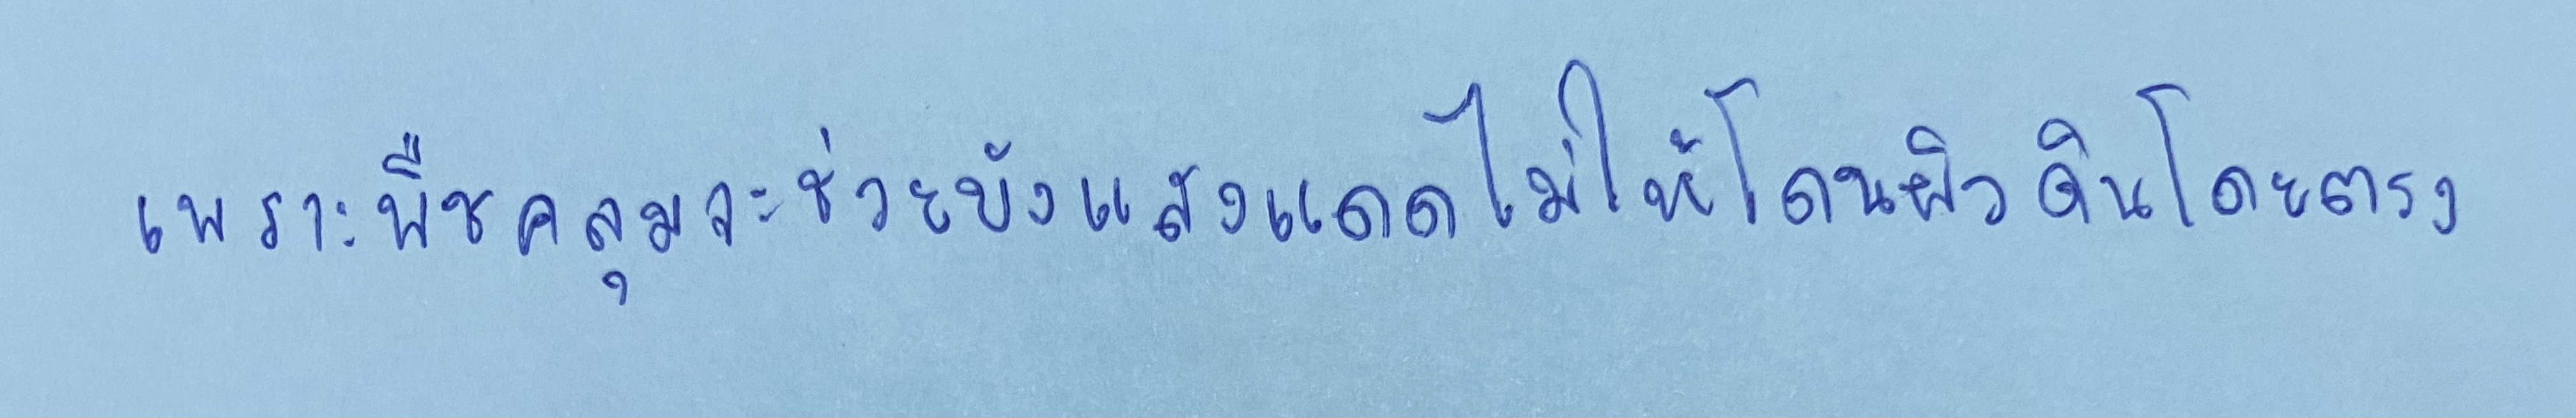
เพราะพืชคลุมจะช่วยบังแสงแดดไม่ให้โดนผิวดินโดยตรง